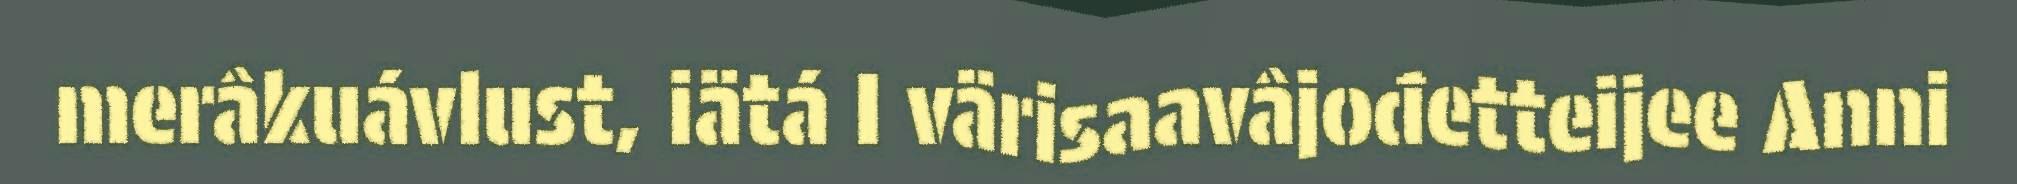
merâkuávlust, iätá I värisaavâjođetteijee Anni